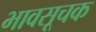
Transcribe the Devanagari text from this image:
भावसूचक